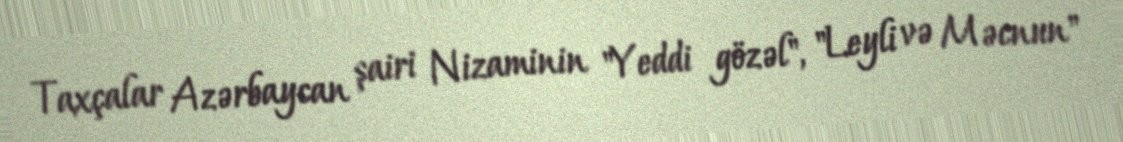
Taxçalar Azərbaycan şairi Nizaminin "Yeddi gözəl", "Leyli və Məcnun"